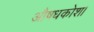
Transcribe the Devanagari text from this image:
औषधकोश।